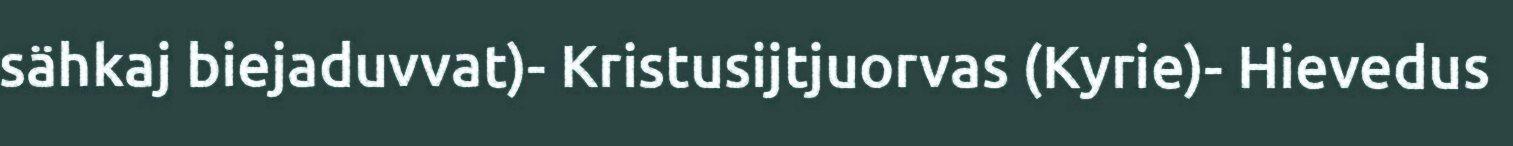
sähkaj biejaduvvat)- Kristusijtjuorvas (Kyrie)- Hievedus